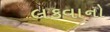
લકવાનો